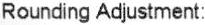
ROUNDING ADJUSTMENT: